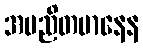
အမညိတမာနေန